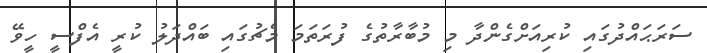
ސަރަޙައްދުގައި ކުރިއަށްގެންދާ މި މުބާރާތުގެ ފުރަތަމަ މެޗުގައި ބައްދަލު ކުރީ އެފްސީ ހީވޭ